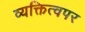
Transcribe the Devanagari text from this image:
व्यक्तित्वपर